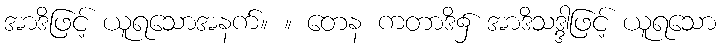
အာဒိဖြင့် ယူရသောအနက်။ ။ တေန ကတာဒိ၌ အာဒိသဒ္ဒါဖြင့် ယူရသော